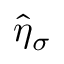
\hat { \eta } _ { \sigma }